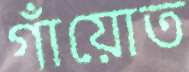
গাঁয়োত